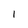
Character: l